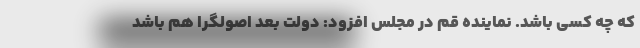
که چه کسی باشد. نماینده قم در مجلس افزود: دولت بعد اصولگرا هم باشد